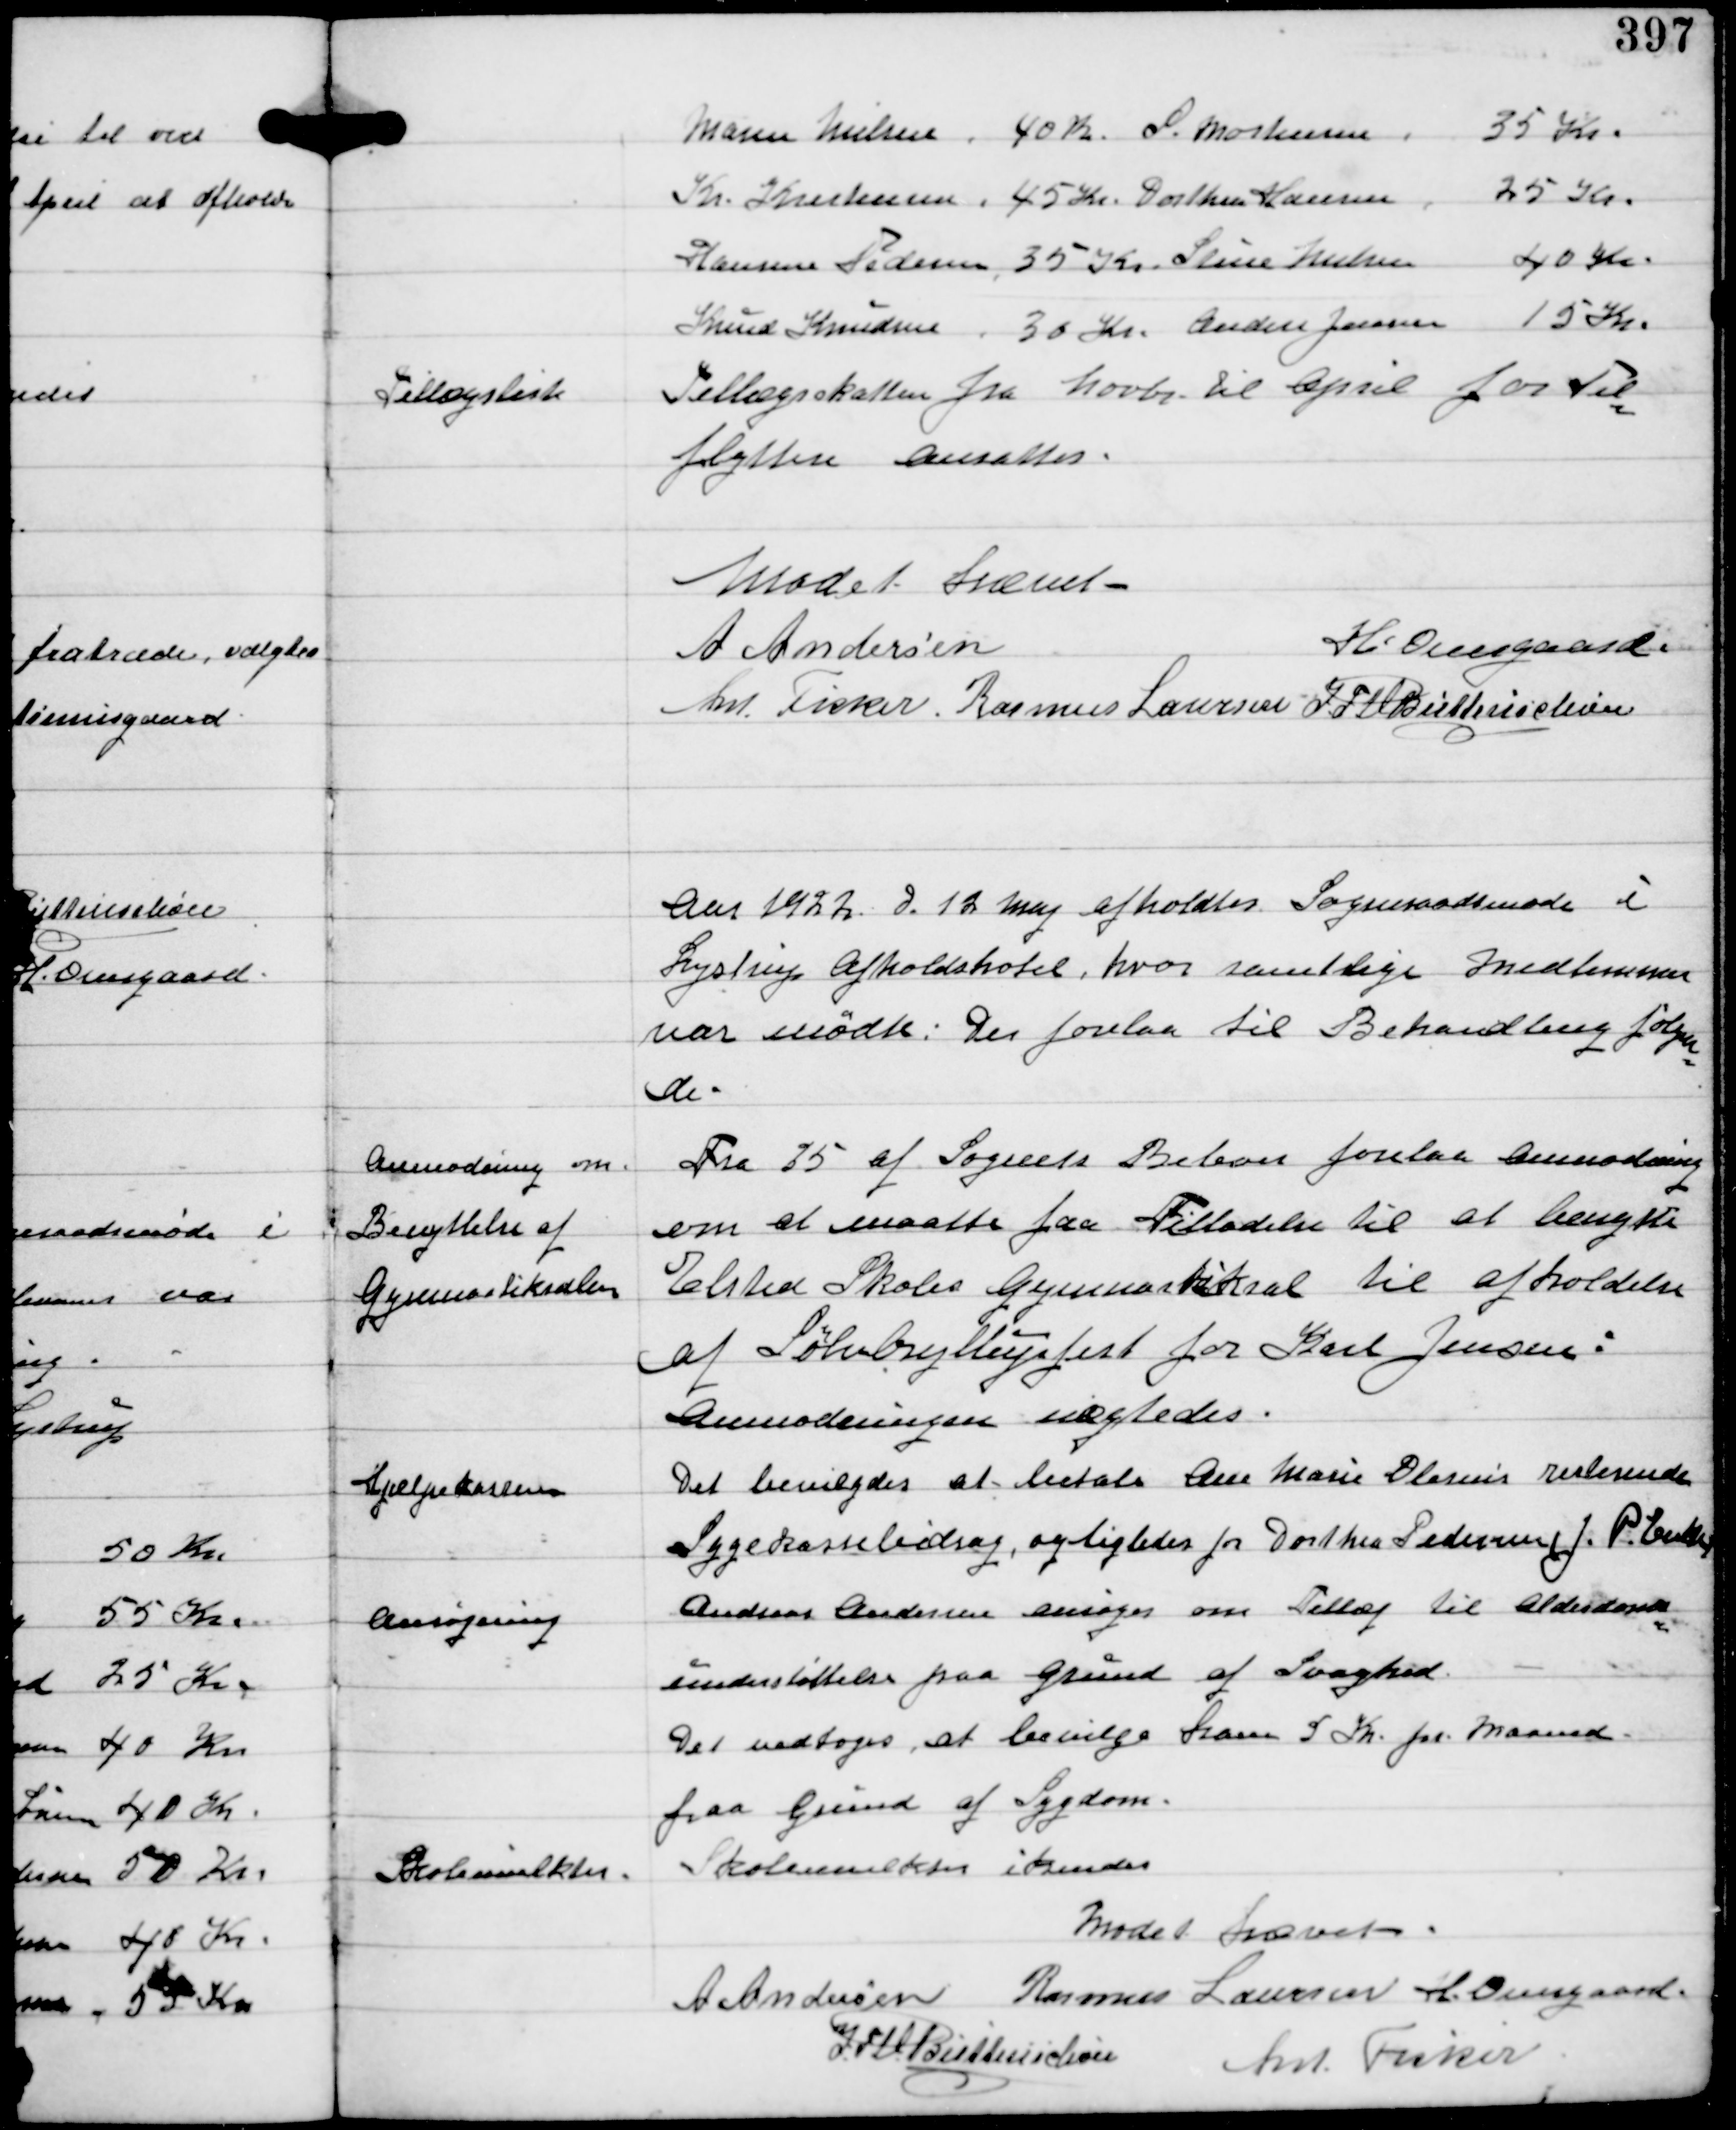
Transskription:
Tillægsliste

Tillægsskatten fra Novbr til April for Til-
flyttere ansattes.

Mødet Hævet -
A Andersen
H Overgaard.
Ant Fisker. Rasmus Laursen IFV Buttenschøn

Aar 1922 d. 12 Maj afholdtes Sogneraadsmøde i
Lystrup Afholdshotel, hvor samtlige Medlemmer
var mødte. Der forelaa til Behandling følgen-
de.

Anmodning om
Benyttelse af
Gymnastiksalen

Fra 25 af Sognets Beboere forelaa Anmodning
om at maatte faa Tilladelse til at benytte
Elsted Skoles Gymnastiksal til afholdelse
af Sølvbryllupsfest for Karl Jensen.
Anmodningen nægtedes.

Hjælpekassen

Det bevilgedes at betale Ane Marie Olesens resterende
Sygekassebidrag, og ligeledes for Dorthea Pedersen J.P. Enke

Ansøgning

Anders Andersen ansøger om Tillæg til Alderdoms-
understøttelse paa Grund af Svaghed.
Det vedtoges at bevilge ham 2 Kr pr maaned
paa Grund af Sygdom.

Skolemulkter.

Skolemulkter ikendes

Mødet hævet.
A Andersen Rasmus Laursen H Overgaard
IFV Buttenschøn Ant. Fisker